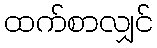
ထက်စာလျှင်